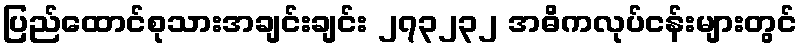
ပြည်ထောင်စုသားအချင်းချင်း ၂၇၃၂၃၂ အဓိကလုပ်ငန်းများတွင်